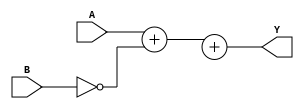
module Carry_lookahead_Subtractor (
    input wire [3:0] A,
    input wire [3:0] B,
    output wire [3:0] Y
);

wire [3:0] Cin, G, P;
wire [2:0] C;

// generate stage
assign G = A & B;
assign P = A ^ B;

// carry-lookahead stage
assign C[0] = G[0] | (P[0] & Cin);
assign C[1] = G[1] | (P[1] & G[0]) | (P[1] & P[0] & Cin);
assign C[2] = G[2] | (P[2] & G[1]) | (P[2] & P[1] & G[0]) | 
               (P[2] & P[1] & P[0] & Cin);

// subtractor logic
assign Y = A + (~B) + Cin;

endmodule